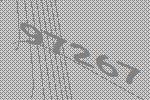
97267